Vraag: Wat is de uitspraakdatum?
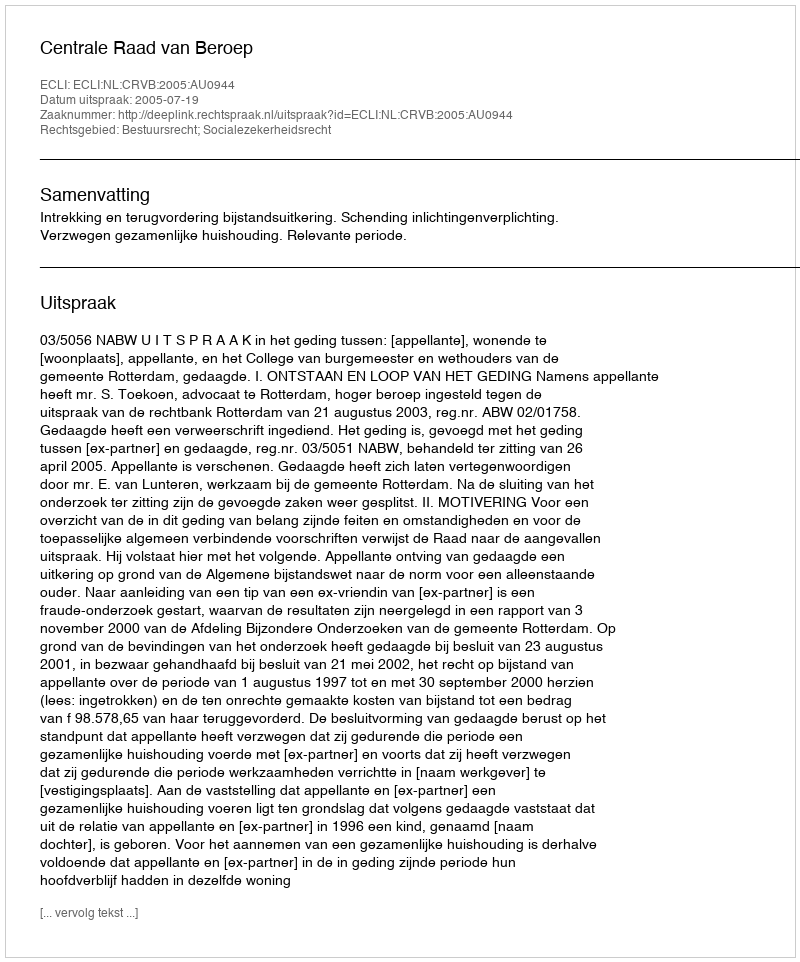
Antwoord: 2005-07-19